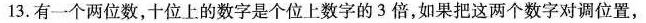
13. 有一个两位数，十位上的数字是个位上数字的3倍，如果把这两个数字对调位置，